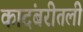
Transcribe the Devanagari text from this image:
कादंबरीतली